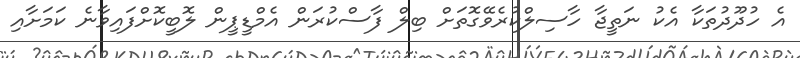
އެ ހުދޫދުތަކާ އެކު ނަތީޖާ ހާސިލްކުރެވޭގޮތަށް ބިލް ފާސްކުރަން އެމްޑީޕީން ލޮބީކޮށްފައިވާނެ ކަމަށާއި